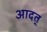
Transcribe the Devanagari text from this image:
आदत्